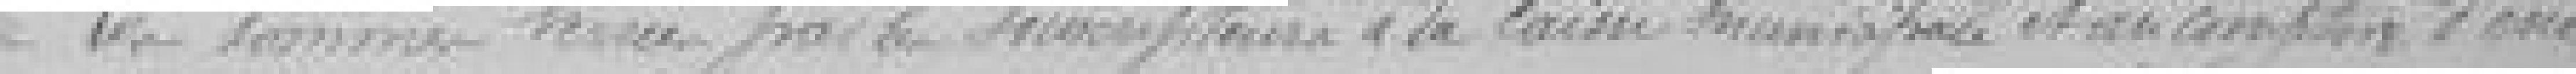
Les sommes versées par le souscripteur à la Caisse municipale et au comptoir d'escompte